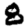
Digit: 8